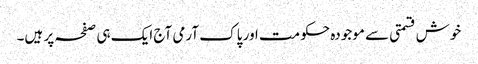
خوش قسمتی سے موجودہ حکومت اور پاک آرمی آج ایک ہی صفحہ پر ہیں۔